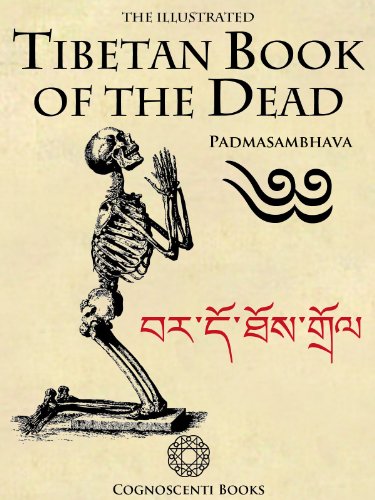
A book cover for The Illustrated Tibetan Book of the Dead (Cognoscenti Books); Andrew Forbes; Religion & Spirituality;